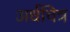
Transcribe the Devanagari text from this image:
अर्धचित्र